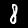
Digit: 8